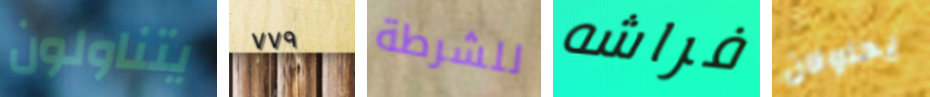
يتناولون ٧٧٩ للشرطة فراشه يحاولان